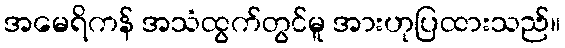
အမေရိကန် အသံထွက်တွင်မူ အားဟုပြထားသည်။